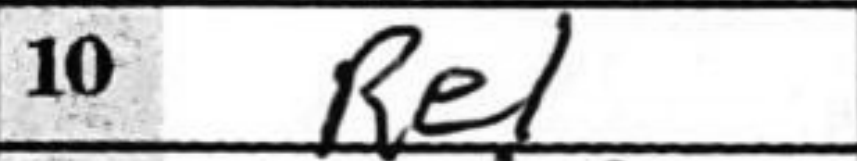
Transcription: Re1